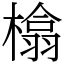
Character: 㯓